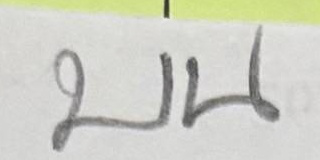
บน